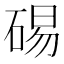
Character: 𥓘